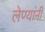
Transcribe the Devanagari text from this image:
लेण्यांनी